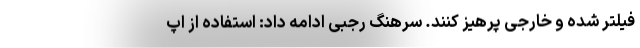
فیلتر شده و خارجی پرهیز کنند. سرهنگ رجبی ادامه داد: استفاده از اپ